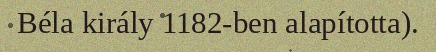
Béla király 1182-ben alapította).